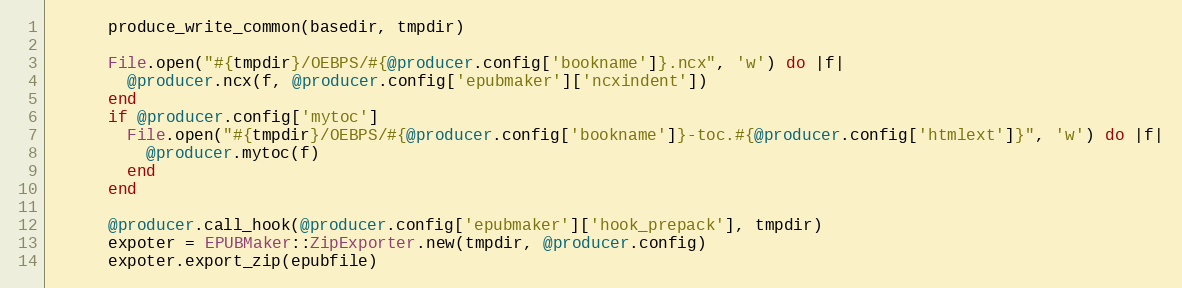
Language: Ruby
      produce_write_common(basedir, tmpdir)

      File.open("#{tmpdir}/OEBPS/#{@producer.config['bookname']}.ncx", 'w') do |f|
        @producer.ncx(f, @producer.config['epubmaker']['ncxindent'])
      end
      if @producer.config['mytoc']
        File.open("#{tmpdir}/OEBPS/#{@producer.config['bookname']}-toc.#{@producer.config['htmlext']}", 'w') do |f|
          @producer.mytoc(f)
        end
      end

      @producer.call_hook(@producer.config['epubmaker']['hook_prepack'], tmpdir)
      expoter = EPUBMaker::ZipExporter.new(tmpdir, @producer.config)
      expoter.export_zip(epubfile)